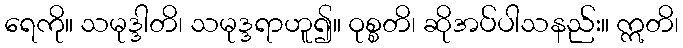
ရေကို။ သမုဒ္ဒါတိ၊ သမုဒ္ဒရာဟူ၍။ ဝုစ္စတိ၊ ဆိုအပ်ပါသနည်း။ ဣတိ၊